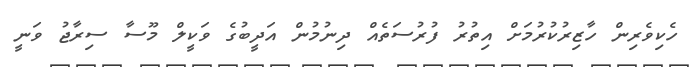
ހެކިވެރިން ހާޒިރުކުރުމަށް އިތުރު ފުރުސަތެއް ދިނުމުން އަދީބުގެ ވަކީލް މޫސާ ސިރާޖު ވަނީ